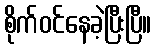
စိုက်ဝင်နေခဲ့ပြီးပြီ။